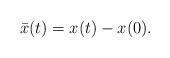
LaTeX: \begin{align*} \bar{x}(t) = x(t) - x(0).\end{align*}